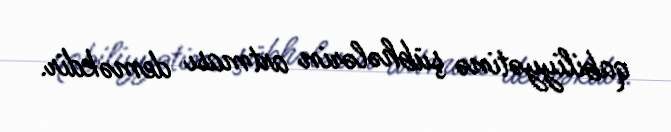
qabiliyyətinə şübhələrin artması deməkdir.